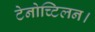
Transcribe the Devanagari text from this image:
टेनोच्टिलन।